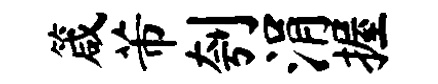
箴芾刳涓握